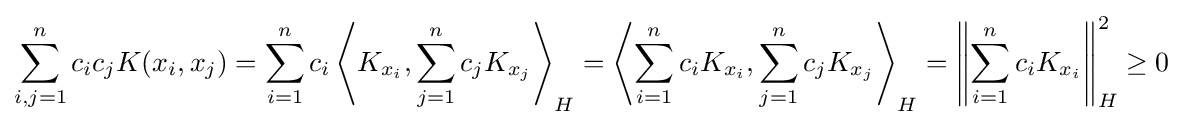
\sum _{i,j=1}^{n}c_{i}c_{j}K(x_{i},x_{j})=\sum _{i=1}^{n}c_{i}\left\langle K_{x_{i}},\sum _{j=1}^{n}c_{j}K_{x_{j}}\right\rangle _{H}=\left\langle \sum _{i=1}^{n}c_{i}K_{x_{i}},\sum _{j=1}^{n}c_{j}K_{x_{j}}\right\rangle _{H}=\left\|\sum _{i=1}^{n}c_{i}K_{x_{i}}\right\|_{H}^{2}\geq 0